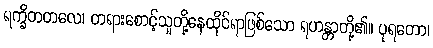
ရက္ခိတတလေ၊ တရားစောင့်သူတို့နေထိုင်ရာဖြစ်သော ရဟန္တာတို့၏။ ပုရတော၊